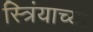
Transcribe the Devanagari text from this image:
स्त्रिंयाच्या